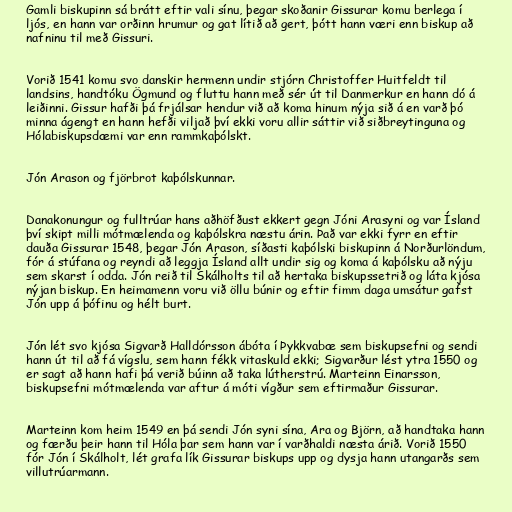
Gamli biskupinn sá brátt eftir vali sínu, þegar skoðanir Gissurar komu berlega í
ljós, en hann var orðinn hrumur og gat lítið að gert, þótt hann væri enn biskup að
nafninu til með Gissuri.

Vorið 1541 komu svo danskir hermenn undir stjórn Christoffer Huitfeldt til
landsins, handtóku Ögmund og fluttu hann með sér út til Danmerkur en hann dó á
leiðinni. Gissur hafði þá frjálsar hendur við að koma hinum nýja sið á en varð þó
minna ágengt en hann hefði viljað því ekki voru allir sáttir við siðbreytinguna og
Hólabiskupsdæmi var enn rammkaþólskt.

Jón Arason og fjörbrot kaþólskunnar.

Danakonungur og fulltrúar hans aðhöfðust ekkert gegn Jóni Arasyni og var Ísland
því skipt milli mótmælenda og kaþólskra næstu árin. Það var ekki fyrr en eftir
dauða Gissurar 1548, þegar Jón Arason, síðasti kaþólski biskupinn á Norðurlöndum,
fór á stúfana og reyndi að leggja Ísland allt undir sig og koma á kaþólsku að nýju
sem skarst í odda. Jón reið til Skálholts til að hertaka biskupssetrið og láta kjósa
nýjan biskup. En heimamenn voru við öllu búnir og eftir fimm daga umsátur gafst
Jón upp á þófinu og hélt burt.

Jón lét svo kjósa Sigvarð Halldórsson ábóta í Þykkvabæ sem biskupsefni og sendi
hann út til að fá vígslu, sem hann fékk vitaskuld ekki; Sigvarður lést ytra 1550 og
er sagt að hann hafi þá verið búinn að taka lútherstrú. Marteinn Einarsson,
biskupsefni mótmælenda var aftur á móti vígður sem eftirmaður Gissurar.

Marteinn kom heim 1549 en þá sendi Jón syni sína, Ara og Björn, að handtaka hann
og færðu þeir hann til Hóla þar sem hann var í varðhaldi næsta árið. Vorið 1550
fór Jón í Skálholt, lét grafa lík Gissurar biskups upp og dysja hann utangarðs sem
villutrúarmann.